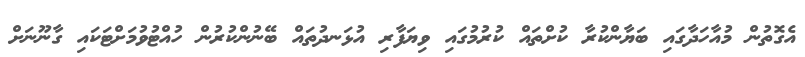
އެގޮތުން މުއާހަދާގައި ބަޔާންކުރާ ކުށްތައް ކުރުމުގައި ވިޔަފާރި އުޅަނދުތައް ބޭނުންކުރުން ހުއްޓުވުމަށްޓަކައި ގާނޫނަށް